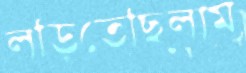
লড়িতেছিলাম